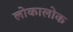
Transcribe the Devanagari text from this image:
लोकालोक